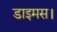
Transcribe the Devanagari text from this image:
डाइमस।